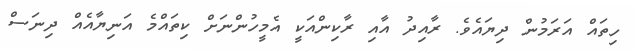
ހިތައް އަރަމުން ދިޔައެވެ. ރާއިދު އާއި ރާކިންއަކީ އެމީހުންނަށް ކިތައްމެ އަނިޔާއެއް ދިނަސް